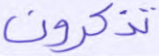
تذكرون